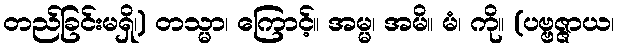
တည်ခြင်းမရှိ၊) တသ္မာ၊ ကြောင့်။ အမ္မ၊ အမိ။ မံ၊ ကို။ (ပဗ္ဗဇ္ဇာယ၊